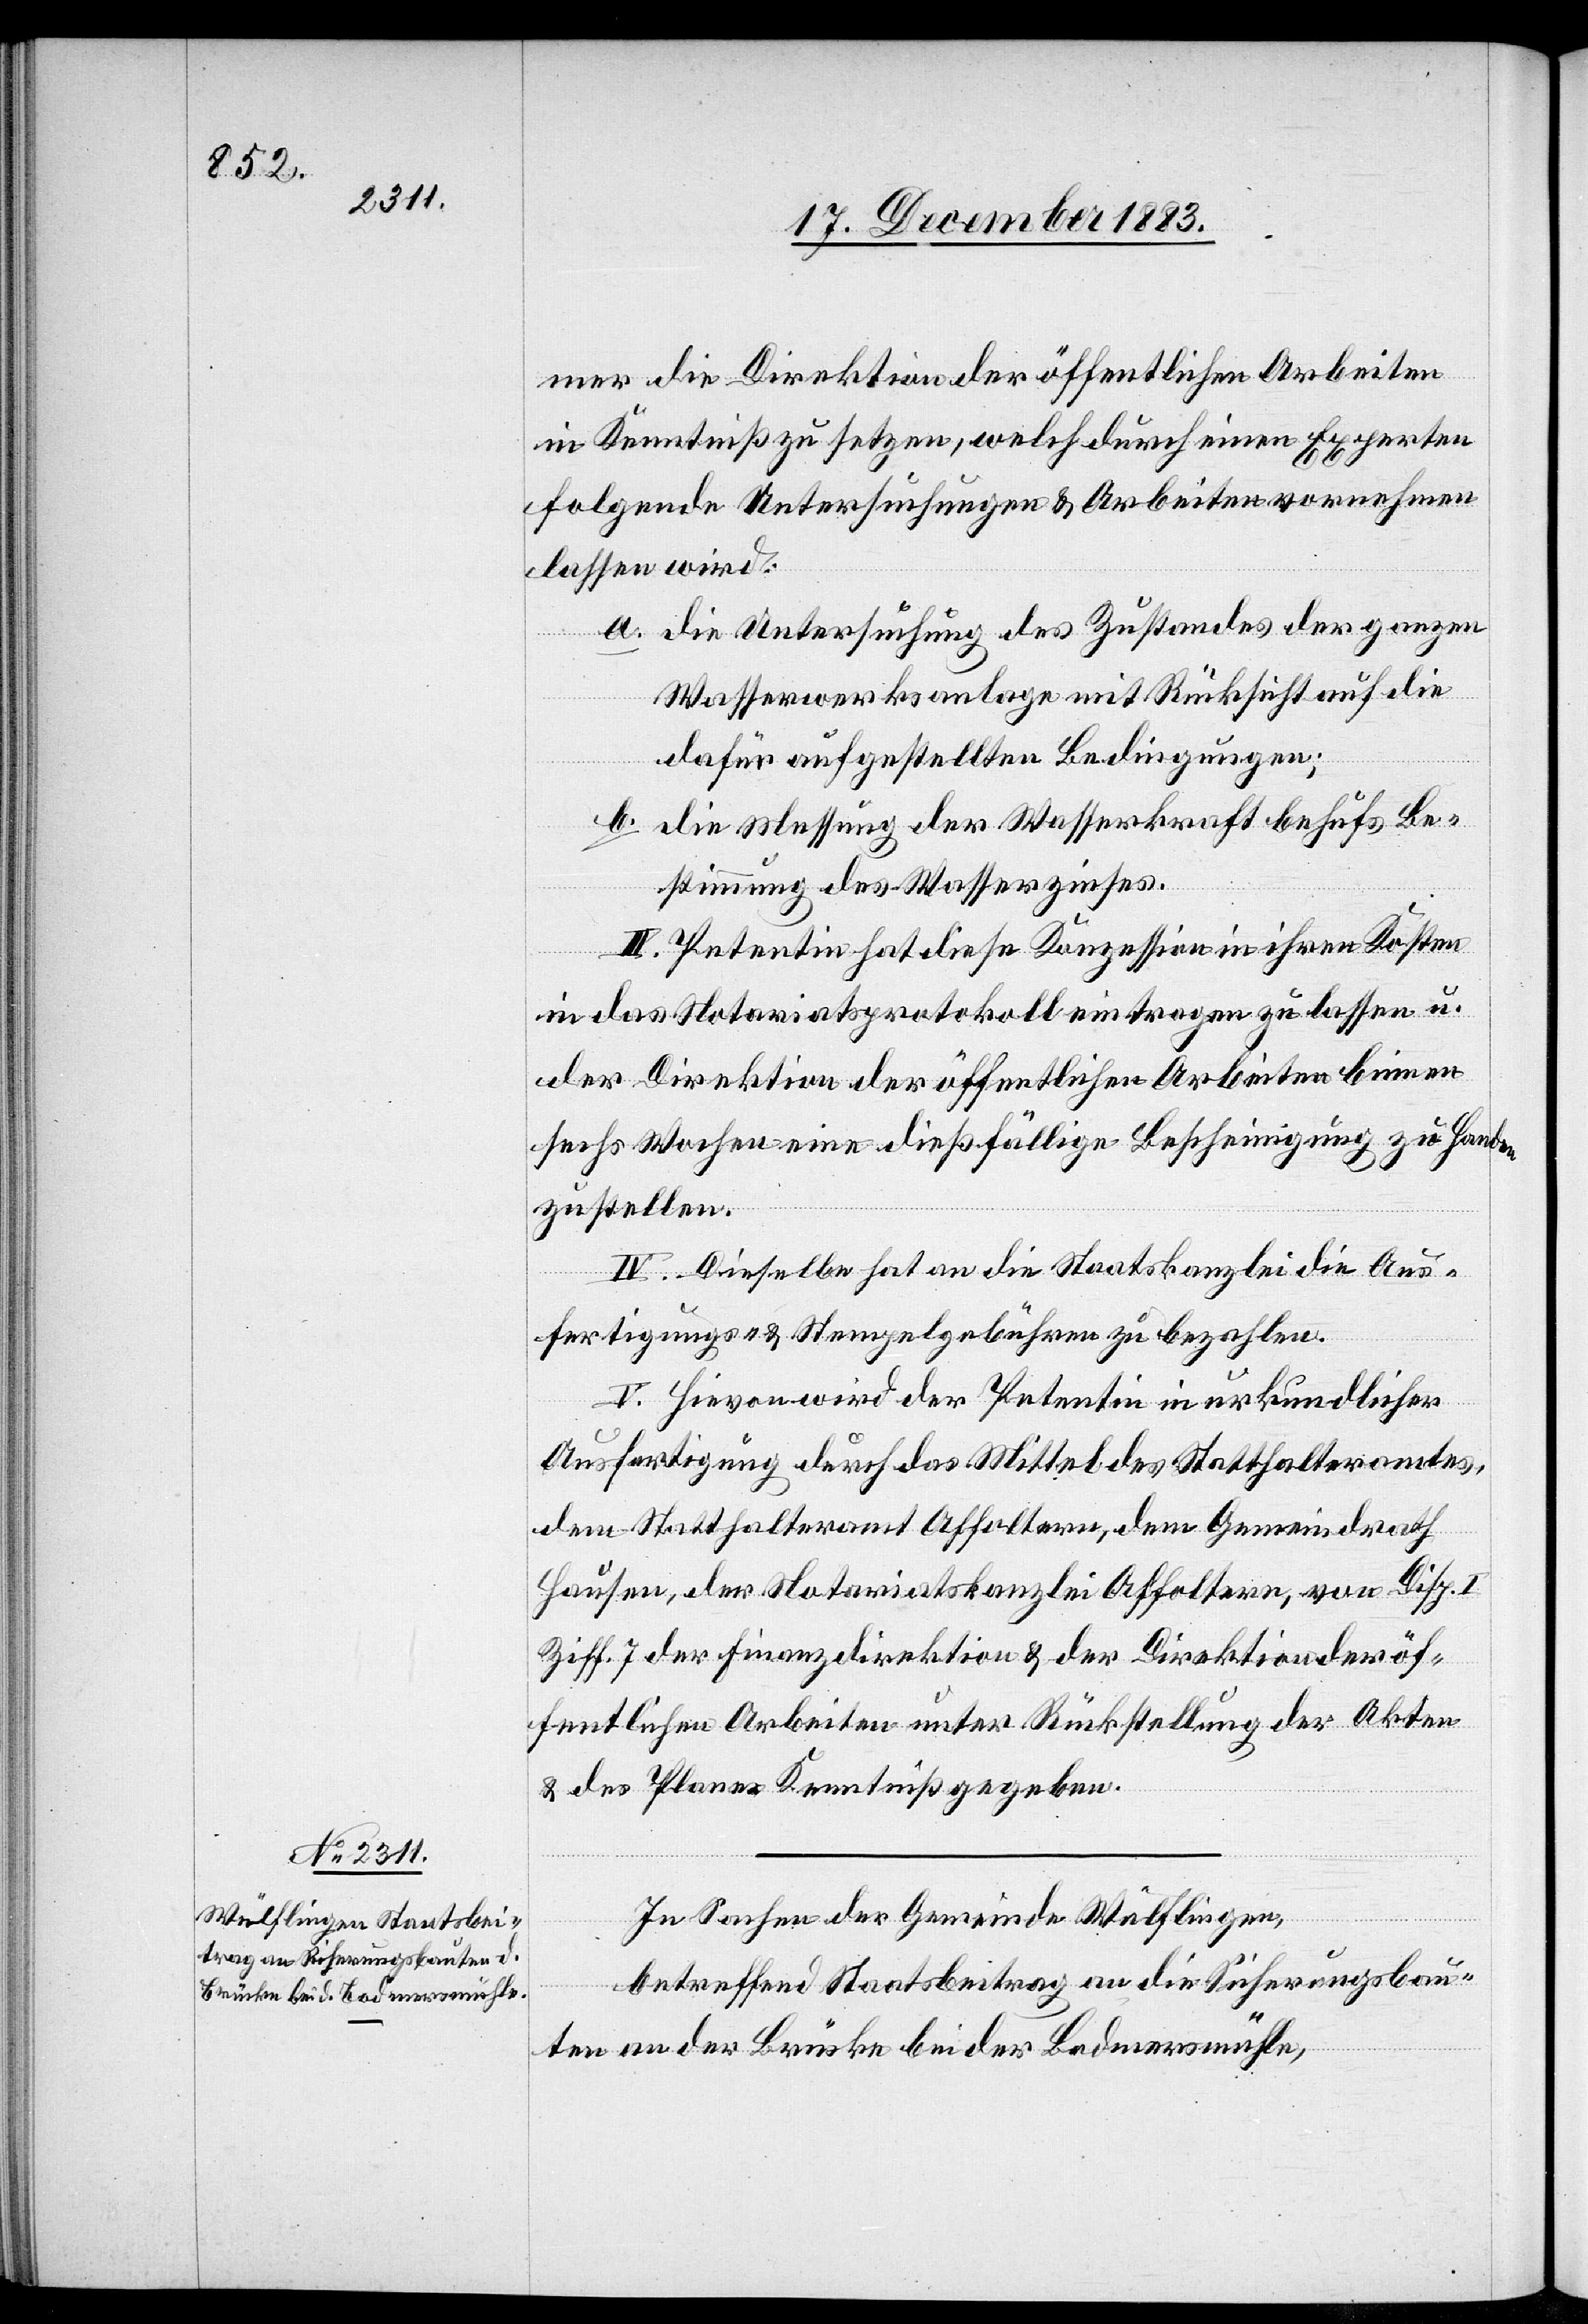
mer die Direktion der öffentlichen Arbeiten
in Kenntniß zu setzten, welch[e] durch einen Experten
folgende Untersuchungen & Arbeiten vornehmen
lassen wird:
a. die Untersuchung des Zustandes der ganzen
Wasserwerksanlage mit Rücksicht auf die
dafür aufgestellten Bedingungen;
b. die Messung der Wasserkraft behufs Be¬
stimmung des Wasserzinses.
III. Petentin hat diese Konzession in ihren Kosten
in das Notariatsprotokoll eintragen zu lassen u.
der Direktion der öffentlichen Arbeiten binnen
sechs Wochen eine dießfällige Bescheinigung zu Handen
zu stellen.
IV. Dieselbe hat an die Staatskanzlei die Aus¬
fertigungs- & Stempelgebühren zu bezahlen.
V. Hievon wird der Petentin in urkundlicher
Ausfertigung durch das Mittel des Statthalteramtes
dem Statthalteramt Affoltern, dem Gemeindrath
Hausen, der Notariatskanzlei Affoltern, von Disp. I
Ziff. 7 der Finanzdirektion & der Direktion der öf¬
fentlichen Arbeiten unter Rückstellung der Akten
& des Planes Kenntniß gegeben.
In Sachen der Gemeinde Wülflingen,
betreffend Staatsbeitrag an die Sicherungsbau¬
ten an der Brücke bei der Bodmersmühle,